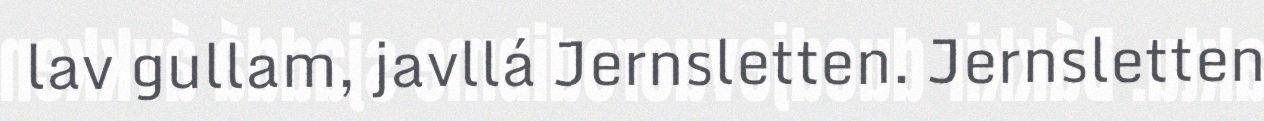
lav gullam, javllá Jernsletten. Jernsletten